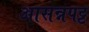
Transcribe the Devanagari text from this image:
आसन्नपट्ट